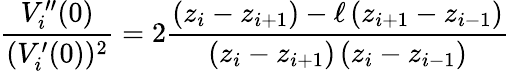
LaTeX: \frac{V_{i}^{\prime\prime}(0)}{(V_{i}^{\prime}(0))^{2}}=2\frac{\left(z_{i}-z_{i+1}\right)-\ell\left(z_{i+1}-z_{i-1}\right)}{\left(z_{i}-z_{i+1}\right)\left(z_{i}-z_{i-1}\right)}